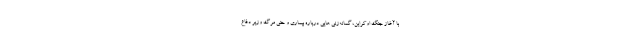
با آغاز جنگ اوکراین، گمانه‌زنی هایی درباره بیماری و حتی مرگ وزیر دفاع